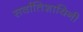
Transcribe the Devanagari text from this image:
सर्वातिशायिनी